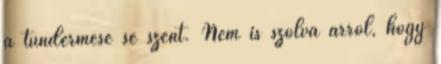
a tündérmese se szent. Nem is szólva arról, hogy